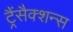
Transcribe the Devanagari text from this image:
ट्रैंसैक्शन्स